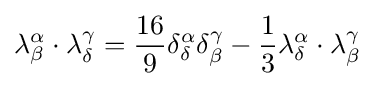
\lambda _{\beta }^{\alpha }\cdot \lambda _{\delta }^{\gamma }={\frac {16}{9}}\delta _{\delta }^{\alpha }\delta _{\beta }^{\gamma }-{\frac {1}{3}}\lambda _{\delta }^{\alpha }\cdot \lambda _{\beta }^{\gamma }~